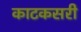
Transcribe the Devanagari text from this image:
काटकसरी